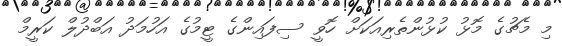
މި މެޗުގެ މޮޅު ކުޅުންތެރިއަކަށް ހޮވީ ސިފައިންގެ ޓީމުގެ އަހުމަދު އަބްދުލް ކަރީމް